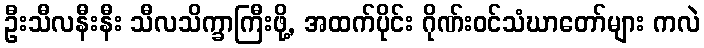
ဦးသီလနီးနီး သီလသိက္ခာကြီးဖို့, အထက်ပိုင်း ဂိုဏ်းဝင်သံဃာတော်များ ကလဲ